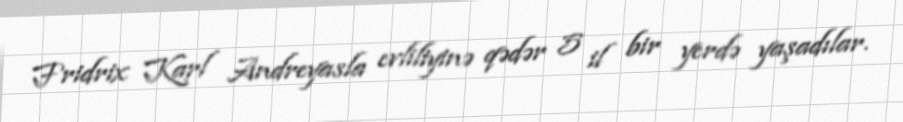
Fridrix Karl Andreyasla evliliyinə qədər 5 il bir yerdə yaşadılar.